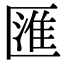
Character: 匯